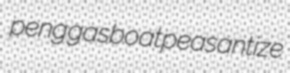
peng gasboat peasantize